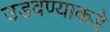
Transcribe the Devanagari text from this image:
उडवण्याकडे